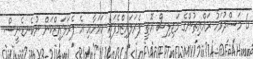
6 މަސްދުވަހު ރައްޔިތުންގެ މަޖިލިސް އޮތީ ޕެރަލައިޒްވެފައި ކަމަށާއި އެ ޕެރަލައިޒްކަން ނުކެނޑެނީސް